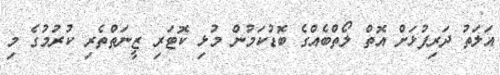
އަލަތު ދަރިފުޅަށް އޮތް ލޯތްބެއްގެ ބޮޑުކަމުން މުޅި ކޮޓަރި ޒީނަތްތެރި ކުރުމުގެ މި